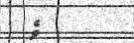
ވެ